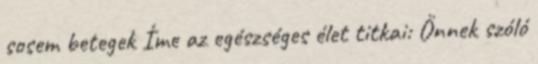
sosem betegek Íme az egészséges élet titkai: Önnek szóló